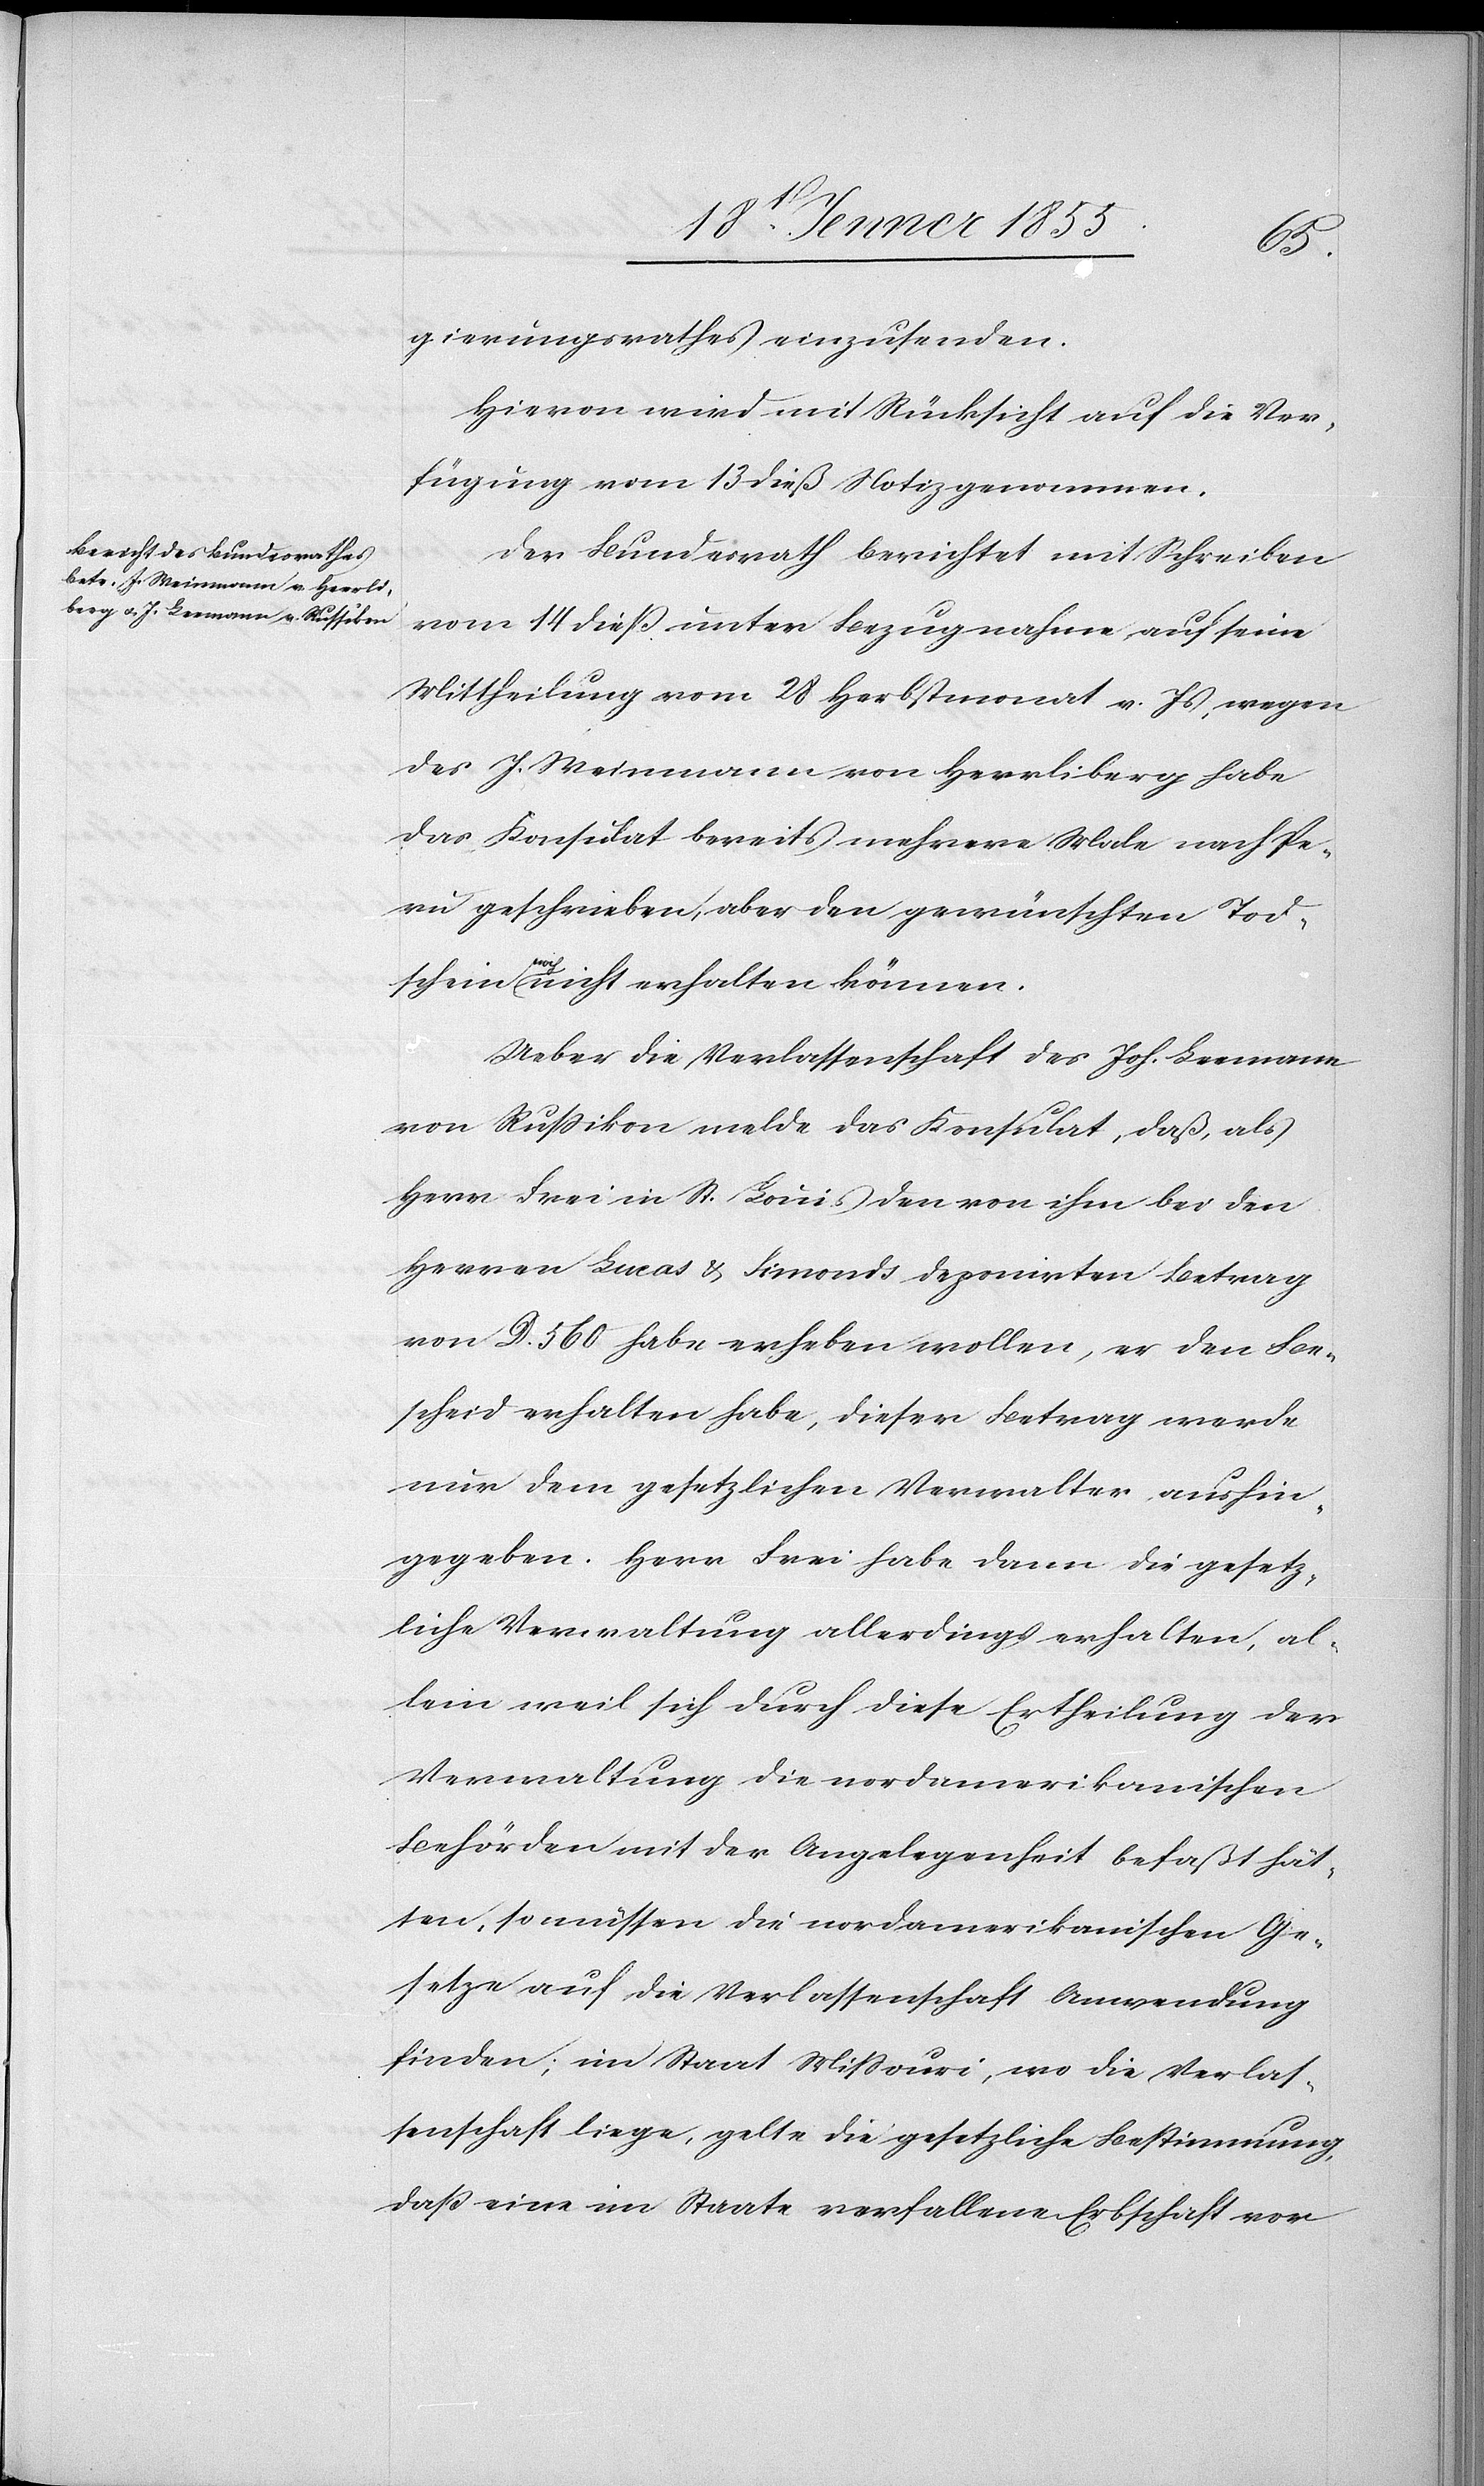
gierungsrathes einzusenden.
Hievon wird mit Rücksicht auf die Ver¬
fügung vom 13 dieß Notiz genommen.
Der Bundesrath berichtet mit Schreiben
vom 14 dieß unter Bezugnahme auf seine
Mittheilung vom 28 Herbstmonat v. Js, wegen
des J. Weinmann von Herrliberg habe
das Konsulat bereits mehrere Male nach Pe¬
ru geschrieben, aber den gewünschten Tod¬
schein noch nicht erhalten können.
Ueber die Verlassenschaft des Joh. Leemann
von Russikon melde das Konsulat, daß, als
Herr Frei in St. Louis den von ihm bei den
Herren Lucas & Simonds deponirten Betrag
von D. 560 habe erheben wollen, er den Be¬
scheid erhalten habe, dieser Betrag werde
nur dem gesetzlichen Verwalter aushin¬
gegeben. Herr Frei habe dann die gesetz¬
liche Verwaltung allerdings erhalten, al¬
lein weil sich durch diese Ertheilung der
Verwaltung die nordamerikanischen
Behörden mit der Angelegenheit befaßt hät¬
ten, so müssen die nordamerikanischen Ge¬
setze auf die Verlassenschaft Anwendung
finden; im Staat Missouri, wo die Verlas¬
senschaft liege, gelte die gesetzliche Bestimmung,
daß eine im Staate verfallene Erbschaft vor